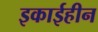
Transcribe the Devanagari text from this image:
इकाईहीन